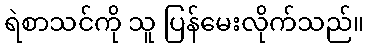
ရဲစာသင်ကို သူ ပြန်မေးလိုက်သည်။